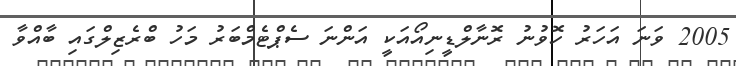
2005 ވަނަ އަހަރު ހޮވުނު ރޮނާލްޑީނިއޯއަކީ އަންނަ ސެޕްޓެމްބަރު މަހު ބްރެޒިލްގައި ބާއްވާ